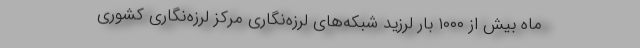
ماه بیش از ۱۰۰۰ بار لرزید شبکه‌های لرزه‌نگاری مرکز لرزه‌نگاری کشوری